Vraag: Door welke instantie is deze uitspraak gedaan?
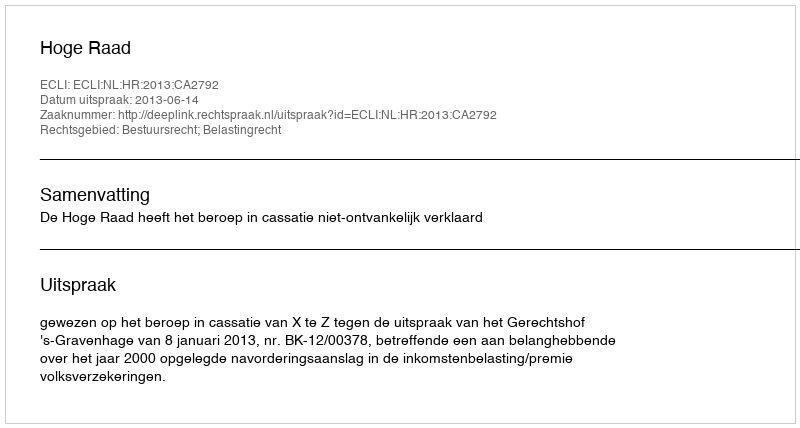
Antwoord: Hoge Raad